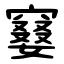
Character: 䆯